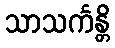
သာသင်္ကန္တိ